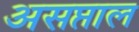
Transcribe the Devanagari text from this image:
असप्ताल